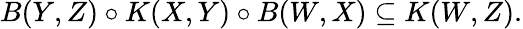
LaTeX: B(Y,Z)\circ K(X,Y)\circ B(W,X)\subseteq K(W,Z).